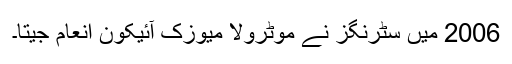
2006 میں سٹرنگز نے موٹرولا میوزک آئیکون انعام جیتا۔